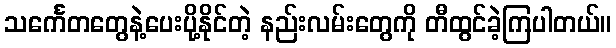
သင်္ကေတတွေနဲ့ပေးပို့နိုင်တဲ့ နည်းလမ်းတွေကို တီထွင်ခဲ့ကြပါတယ်။